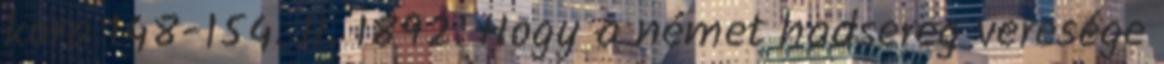
kora 148-154. II. 1892. Hogy a német hadsereg veresége